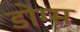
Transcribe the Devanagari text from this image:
डोग्स